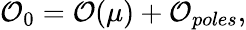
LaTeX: {\cal O}_{0}={\cal O}(\mu)+{\cal O}_{poles},